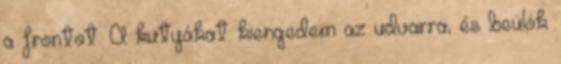
a frontot. A kutyákat kiengedem az udvarra, és beülök